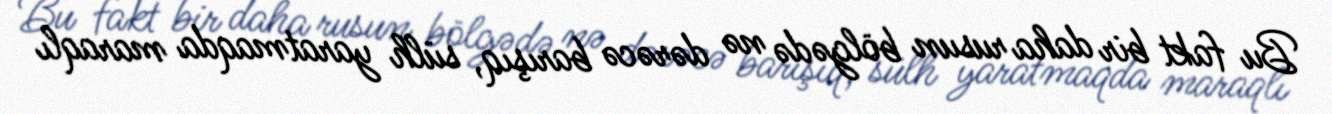
Bu fakt bir daha rusun bölgədə nə dərəcə barışıq, sülh yaratmaqda maraqlı